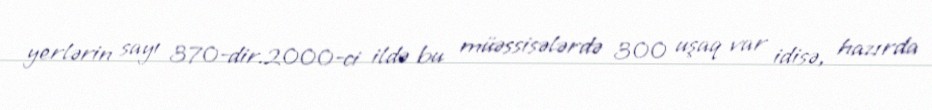
yerlərin sayı 370-dir.2000-ci ildə bu müəssisələrdə 300 uşaq var idisə, hazırda